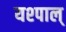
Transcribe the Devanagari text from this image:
यश्पाल्